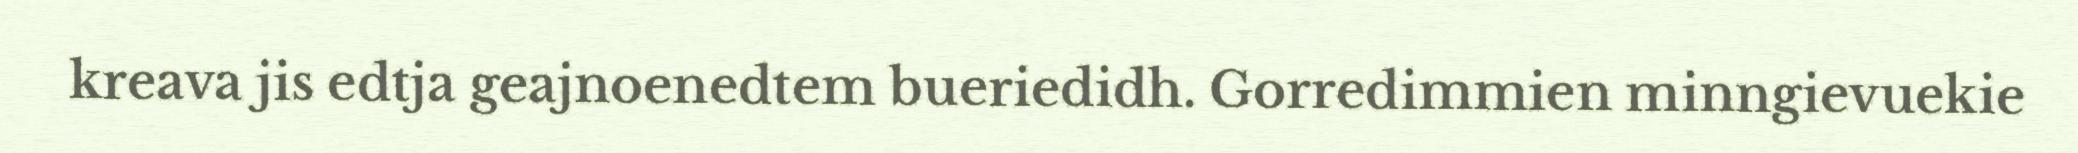
kreava jis edtja geajnoenedtem bueriedidh. Gorredimmien minngievuekie